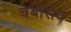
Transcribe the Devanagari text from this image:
चेबीसेव